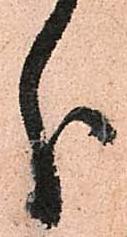
分